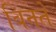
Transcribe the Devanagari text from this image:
बिनते